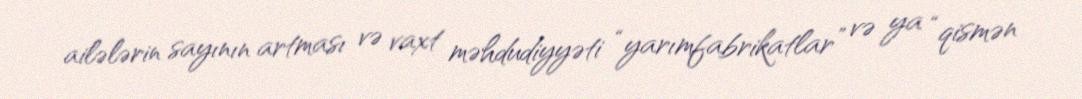
ailələrin sayının artması və vaxt məhdudiyyəti “yarımfabrikatlar” və ya “qismən